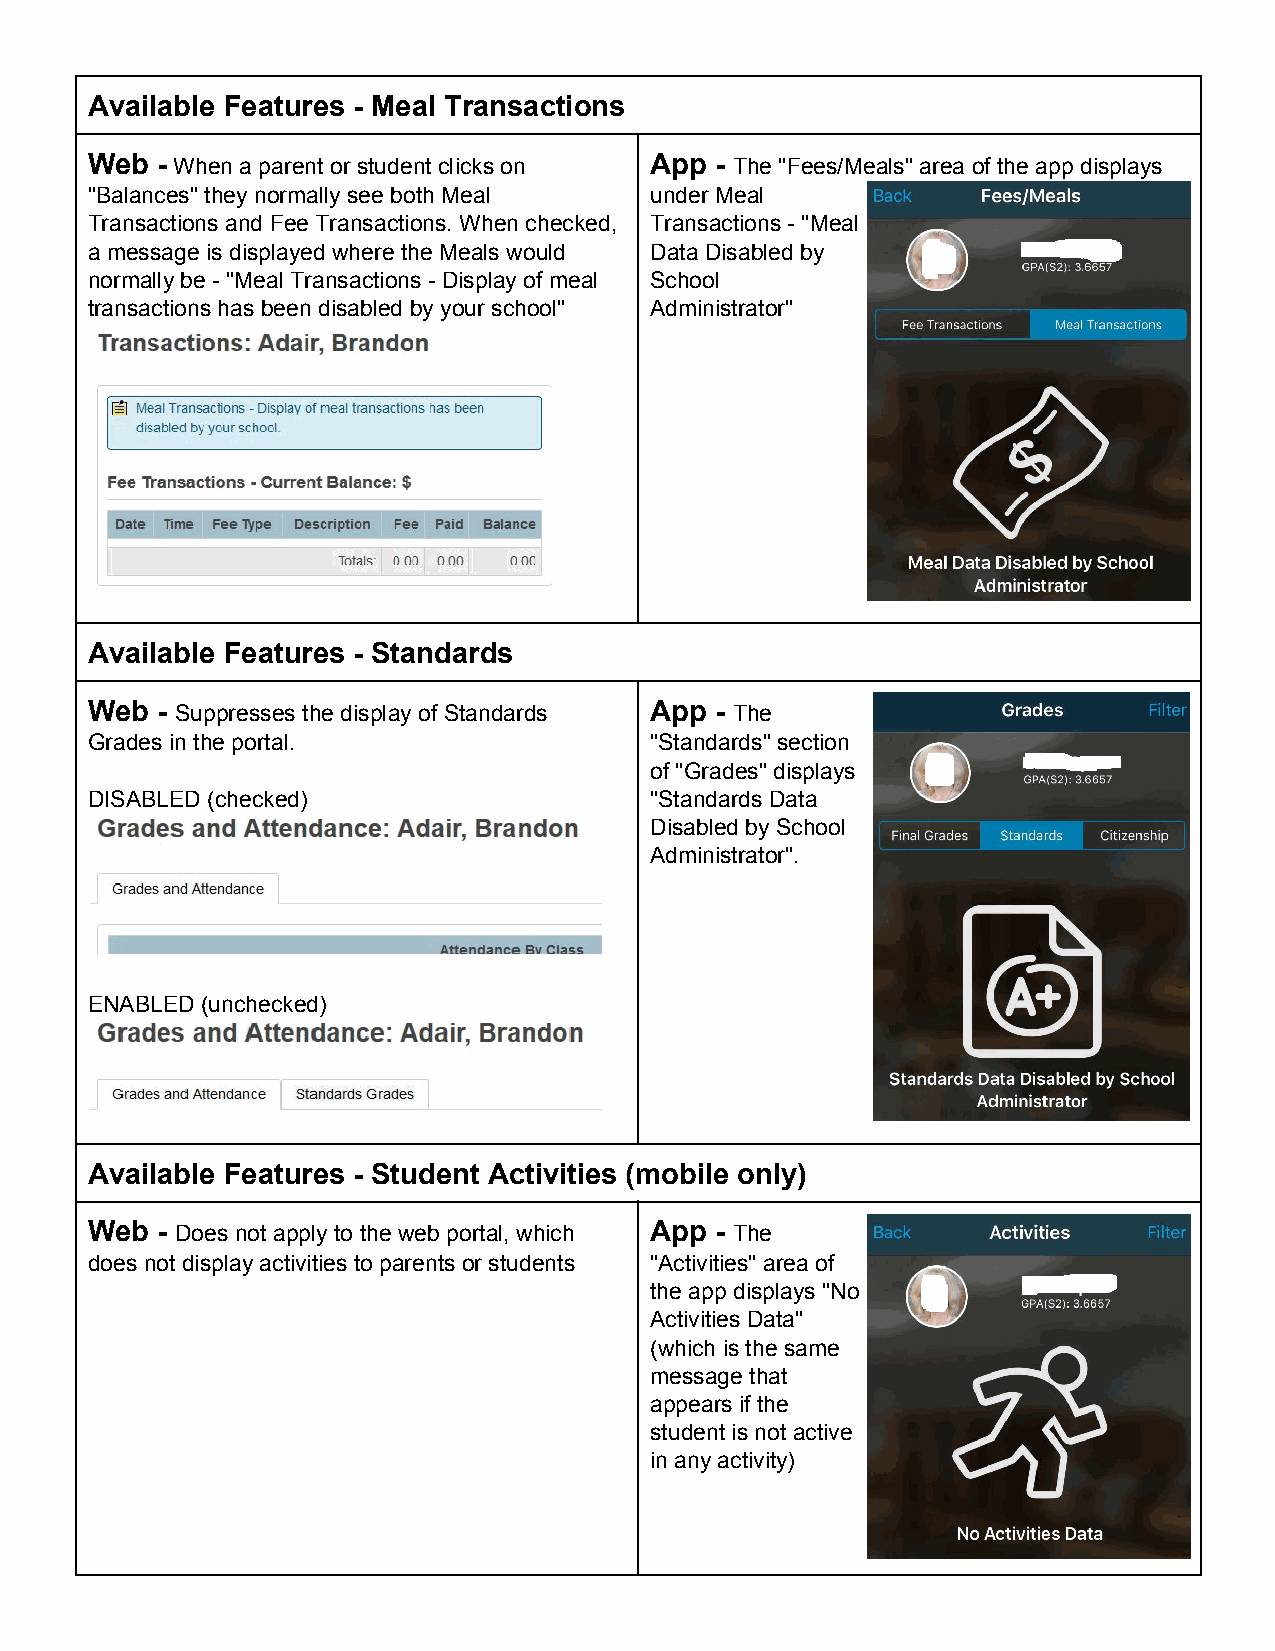
Available Features ­ Meal Transactions
 Web ­ When a parent or student clicks on App ­ The "Fees/Meals" area of the app displays
 ​                                     ​
 "Balances" they normally see both Meal under Meal
 Transactions and Fee Transactions. When checked, Transactions ­ "Meal
 a message is displayed where the Meals would Data Disabled by
 normally be ­ "Meal Transactions ­ Display of meal School
 transactions has been disabled by your school" Administrator"
 Available Features ­ Standards
 Web ­ Suppresses the display of Standards App ­ The
 ​                                    ​
 Grades in the portal.                "Standards" section
 of "Grades" displays
 DISABLED (checked)                   "Standards Data
 Disabled by School
 Administrator".
 ENABLED (unchecked)
 Available Features ­ Student Activities (mobile only)
 Web ­ Does not apply to the web portal, which App ­ The
 ​                                    ​
 does not display activities to parents or students "Activities" area of
 the app displays "No
 Activities Data"
 (which is the same
 message that
 appears if the
 student is not active
 in any activity)